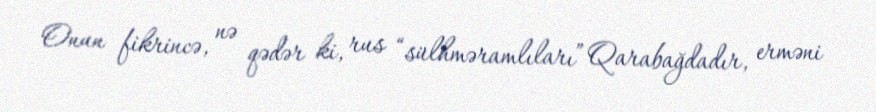
Onun fikrincə, nə qədər ki, rus “sülhməramlıları” Qarabağdadır, erməni